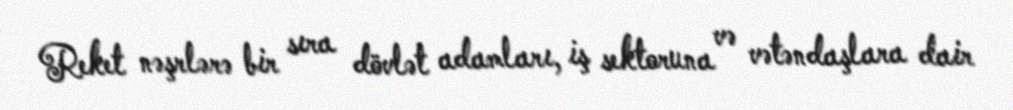
Reket nəşrlərə bir sıra dövlət adamları, iş sektoruna və vətəndaşlara dair